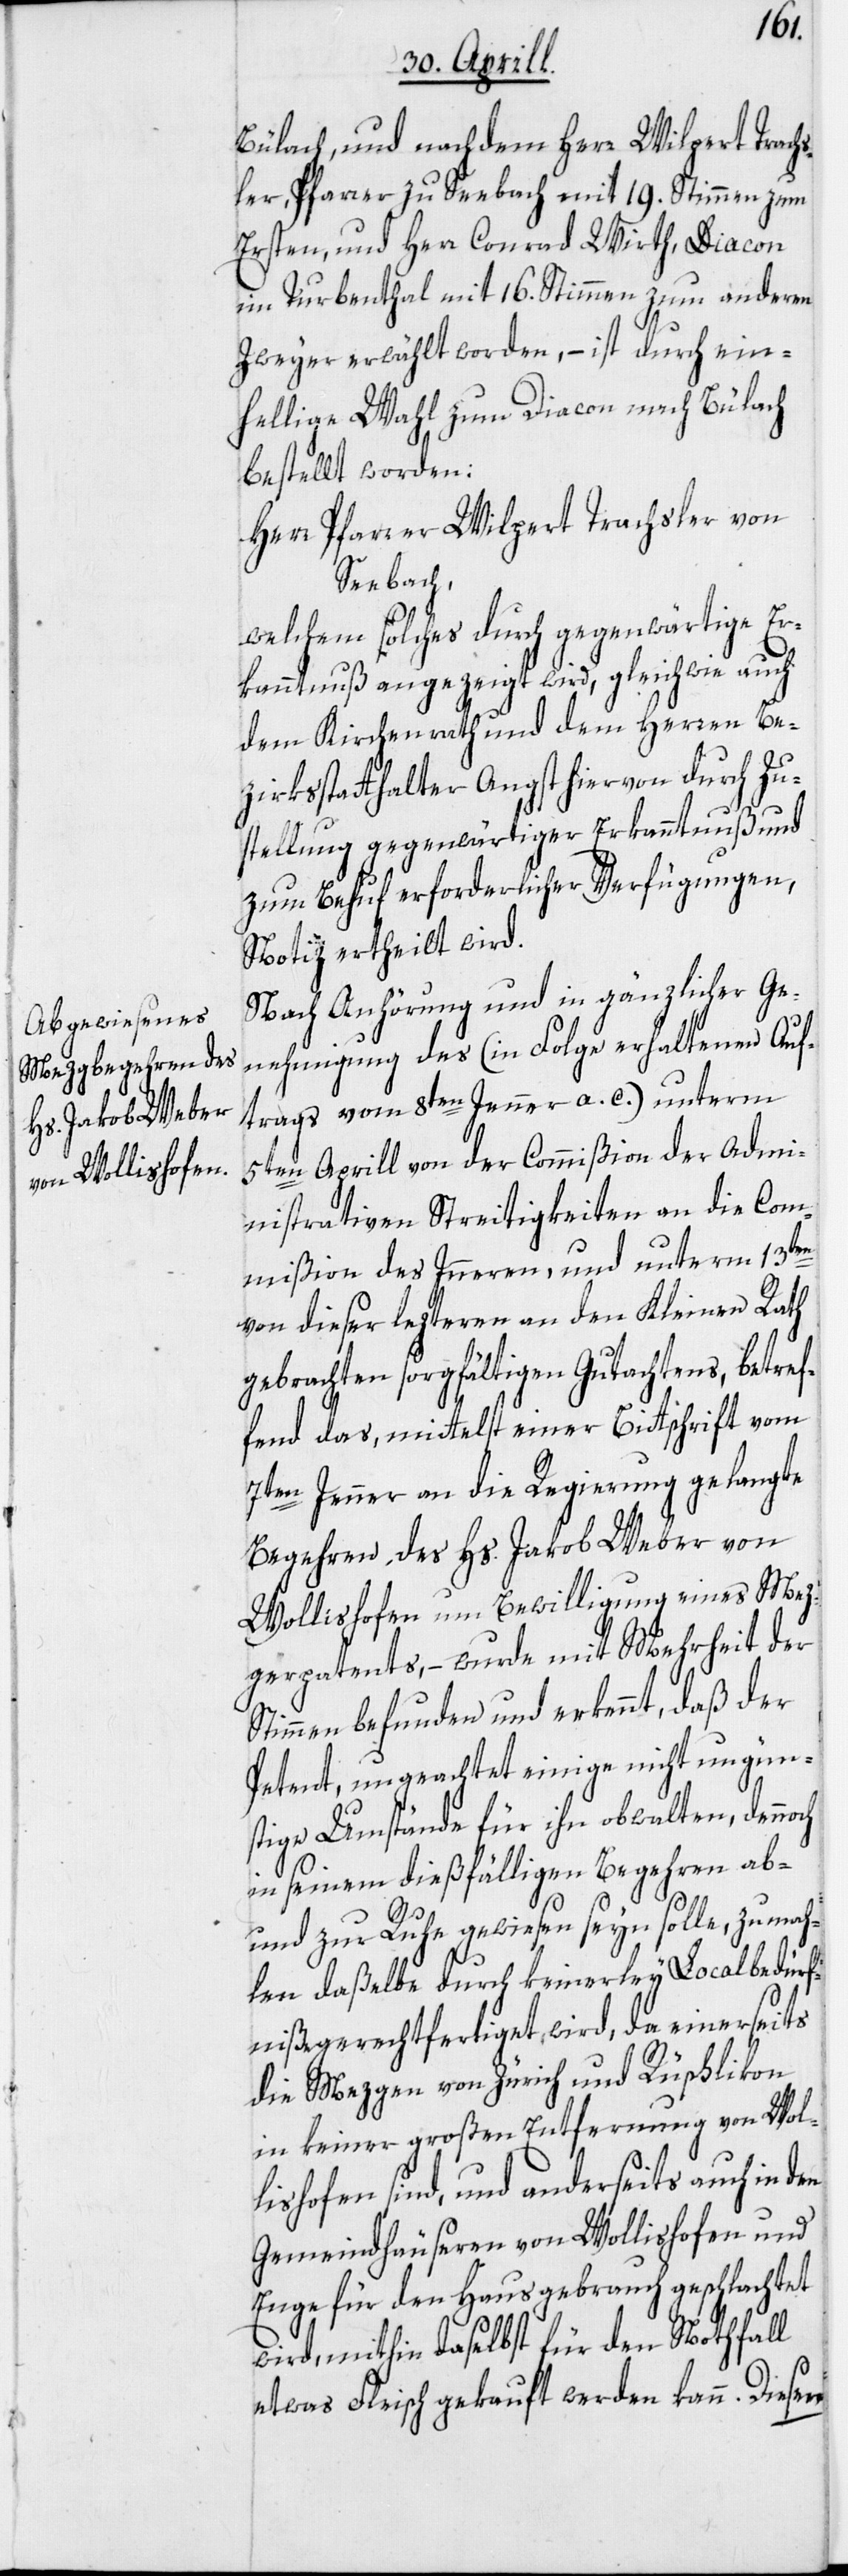
ch
Bülach, und nachdem Herr Wilpert Trachs¬
ler, Pfarrer zu Seebach mit 19. Stimmen zum
Ersten, und Herr Conrad Wirth, Diacon
im Turbenthal mit 16. Stimmen zum anderen
Zweyer erwählt worden, – ist durch ein¬
hellige Wahl zum Diacon nach Bülach
bestellt worden:
Herr Pfarrer Wilpert Trachsler von
Seebach,
welchem solches durch gegenwärtige Er¬
kanntnuß angezeigt wird, gleichwie auch
dem Kirchenrath und dem Herren Be¬
zirksstatthalter Angst hiervon durch Zu¬
stellung gegenwärtiger Erkanntnuß und
zum Behuf erforderlicher Verfügungen,
Notiz ertheilt wird.
Nach Anhörung und in gänzlicher Ge¬
nehmigung des (in Folge erhaltenen Auf¬
trags vom 8ten Jenner a. c.) unterm
5ten Aprill von der Commißion der Admi¬
nistrativen Streitigkeiten an die Com¬
mißion des Inneren, und unterm 13ten
von dieser lezteren an den Kleinen Rath
gebrachten sorgfältigen Gutachtens, betref¬
fend das, mittelst einer Bittschrift vom
7ten Jenner an die Regierung gelangte
Begehren, des Hs. Jakob Weber von
Wollishofen um Bewilligung eines Mez¬
gerpatents, – wurde mit Mehrheit der
Stimmen befunden und erkennt, daß der
Petent, ungeachtet einige nicht ungün¬
stige Umstände für ihn obwalten, denno¬
in seinem dießfälligen Begehren ab-
und zur Ruhe gewiesen seyn solle, zumah¬
len daßelbe durch keinerley Localbedürf¬
niß gerechtfertiget, wird, da einerseits
die Mezgen von Zürich und Rüschlikon
in keiner großen Entfernung von Wol¬
lishofen sind, und anderseits auch in den
Gemeindhäuseren von Wollishofen und
Enge für den Hausgebrauch geschlachtet
wird, mithin daselbst für den Nothfall
etwas Fleisch gekauft werden kann. Diesen